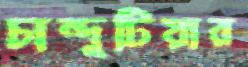
চান্দুটিয়ার